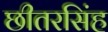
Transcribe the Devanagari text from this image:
छीतरसिंह